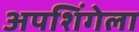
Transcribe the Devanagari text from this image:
अपशिंगेला